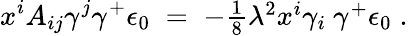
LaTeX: x^{i}A_{ij}\gamma^{j}\gamma^{+}\epsilon_{0}\; =\; -\textstyle{\frac{1}{8}}\lambda^{2}x^{i}\gamma_{i}\ \gamma^{+}\epsilon_{0}\; .